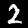
Label: 2